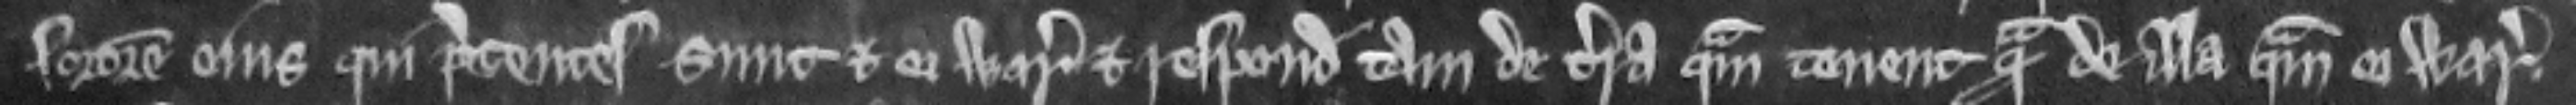
sorores ejus qui presentes sunt et ei warantizant et respondent tam de terra quam tenent quam de illa quam ei warantizant.